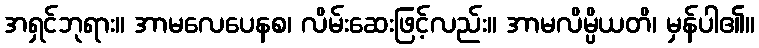
အရှင်ဘုရား။ အာမလေပေနစ၊ လိမ်းဆေးဖြင့်လည်း။ အာမလိမ္ပိယတိ၊ မှန်ပါ၏။